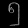
Digit: ၅